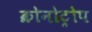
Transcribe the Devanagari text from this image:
क्रोनोट्रोप